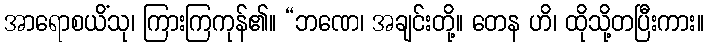
အာရောစယိံသု၊ ကြားကြကုန်၏။ “ဘဏေ၊ အချင်းတို့။ တေန ဟိ၊ ထိုသို့တပြီးကား။